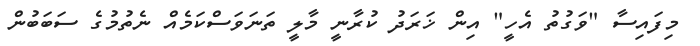
މިފައިސާ "ވަގުތު އެހީ" އިން ޚަރަދު ކުރާނީ މާލީ ތަނަވަސްކަމެއް ނެތުމުގެ ސަބަބުން